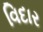
વિદાર